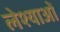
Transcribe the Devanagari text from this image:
लेश्याओं